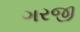
ગરજી